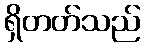
ရှိတတ်သည်